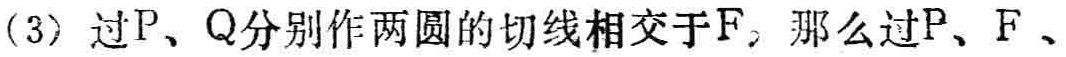
(3) 过\(P、Q\)分别作两圆的切线相交于\(F\)，那么过\(P、F、\)